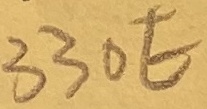
Text: 330E